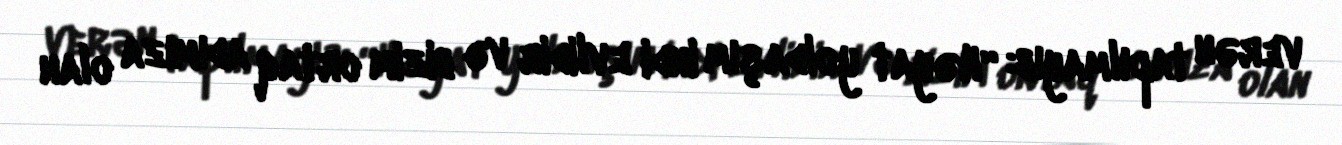
verən tapılmayıb: “Həyat yoldaşım indi evlidir və bizim ortaq adımıza olan